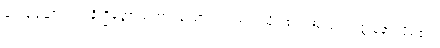
ရှေးရှုဆောင်၍။ နိက္ခိတ္တောယထာ၊ ချထားအပ်သကဲ့သို့။ ဧဝံ၊ အတူ။ အတ္တနော၊ မိမိ၏။